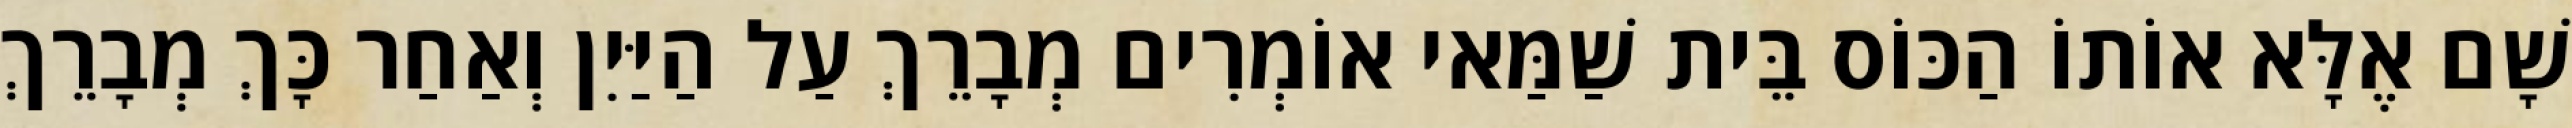
שָׁם אֶלָּא אוֹתוֹ הַכּוֹס בֵּית שַׁמַּאי אוֹמְרִים מְבָרֵךְ עַל הַיַּיִן וְאַחַר כָּךְ מְבָרֵךְ